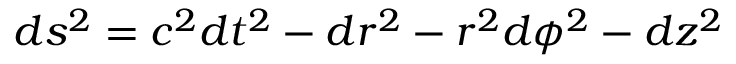
d s ^ { 2 } = c ^ { 2 } d t ^ { 2 } - d r ^ { 2 } - r ^ { 2 } d \phi ^ { 2 } - d z ^ { 2 }